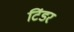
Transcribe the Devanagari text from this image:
टिंडर